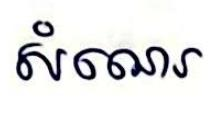
សំណេរ